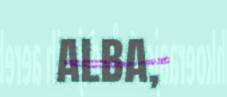
ALBA,